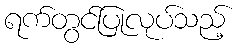
ရက်တွင်ပြုလုပ်သည့်